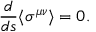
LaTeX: \frac { d } { d s } \langle \sigma ^ { \mu \nu } \rangle = 0 .